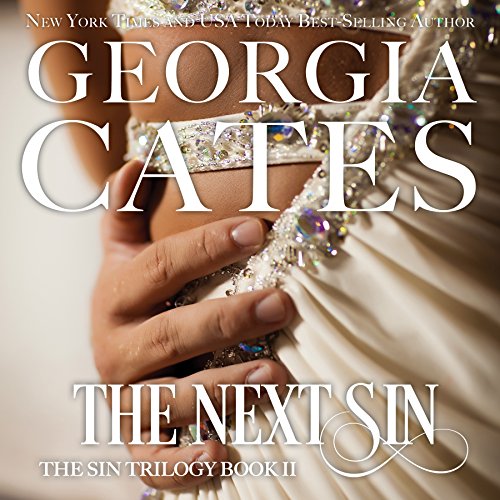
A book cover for The Next Sin; Georgia Cates; Romance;